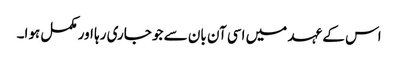
اس کے عہد میں اسی آن بان سے جو جاری رہا اور مکمل ہوا۔